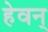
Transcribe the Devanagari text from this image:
हेवन्